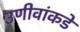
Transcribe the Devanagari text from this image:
उणीवांकडे